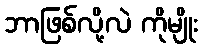
ဘာဖြစ်လို့လဲ ကိုမျိုး